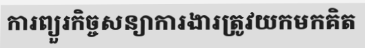
ការព្យួរកិច្ចសន្យាការងារត្រូវយកមកគិត